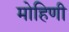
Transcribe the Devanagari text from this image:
मोहिणी